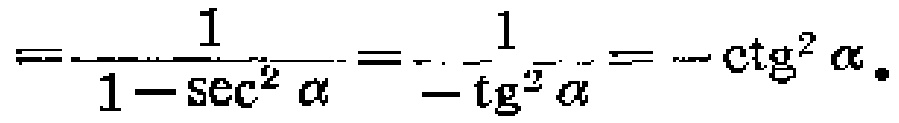
\[=-\frac{1}{1 - \sec^{2}\alpha}=-\frac{1}{-\tg^{2}\alpha}=-\ctg^{2}\alpha.\]